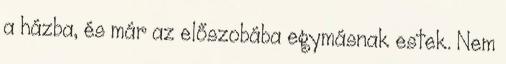
a házba, és már az előszobába egymásnak estek. Nem